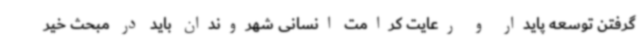
گرفتن توسعه پایدار و رعایت کرامت انسانی شهروندان باید در مبحث خیر